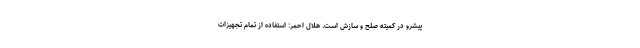
پیشرو در کمیته صلح و سازش است. هلال احمر: استفاده از تمام تجهیزات